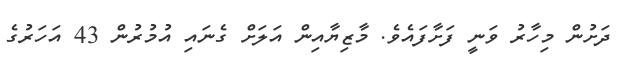
ދަށުން މިހާރު ވަނީ ފަށާފައެވެ. މާޒިޔާއިން އަލަށް ގެނައި އުމުރުން 43 އަހަރުގެ